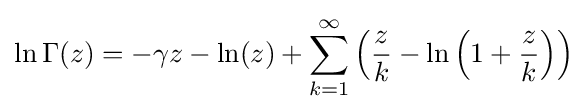
\ln \Gamma (z)=-\gamma z-\ln(z)+\sum _{k=1}^{\infty }\left({\frac {z}{k}}-\ln \left(1+{\frac {z}{k}}\right)\right)